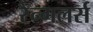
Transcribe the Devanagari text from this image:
रैन्गलर्स